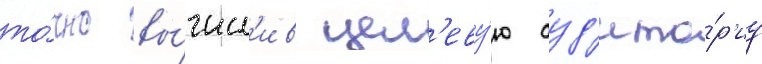
то́чно вы́числ'ив цел'еву́ю ауд'ито́р'иу